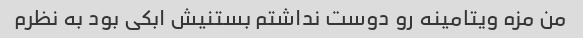
من مزه ویتامینه رو دوست نداشتم بستنیش ابکی بود به نظرم